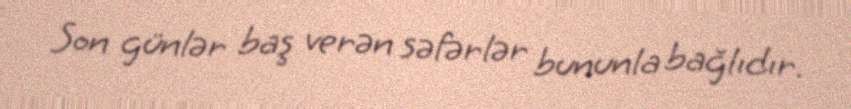
Son günlər baş verən səfərlər bununla bağlıdır.